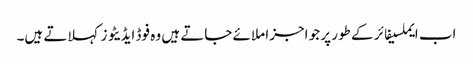
اب ایملسیفائر کے طور پر جو اجزا ملائے جاتے ہیں وہ فوڈ ایڈیٹو زکہلاتے ہیں۔